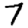
Digit: 7